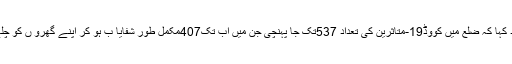
چیف میڈیکل آفیسر نے مزید کہا کہ ضلع میں کووِڈ19-متاثرین کی تعداد 537تک جا پہنچی جن میں اب تک407مکمل طور شفایا ب ہو کر اپنے گھرو ں کو چلے گئے، جو خوش آئند ہے ۔